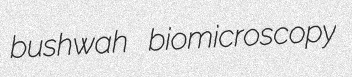
bushwah biomicroscopy